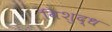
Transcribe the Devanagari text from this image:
विशुद्‍ध